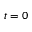
t = 0